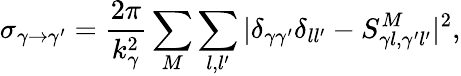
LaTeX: \sigma_{\gamma\to\gamma^{\prime}}=\frac{2\pi}{k_{\gamma}^{2}}\sum_{M}\sum_{l,l^{\prime}}|\delta_{\gamma\gamma^{\prime}}\delta_{ll^{\prime}}-S_{\gamma l,\gamma^{\prime}l^{\prime}}^{M}|^{2},